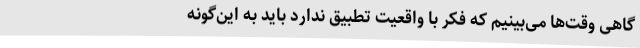
گاهی وقت‌ها می‌بینیم که فکر با واقعیت تطبیق ندارد باید به این‌گونه